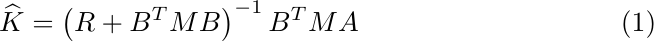
\begin{equation}
\widehat{K}=\left(R+B^T M B\right)^{-1} B^T M A
\end{equation}